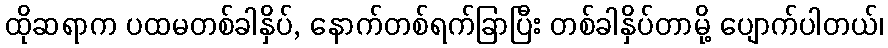
ထိုဆရာက ပထမတစ်ခါနှိပ်, နောက်တစ်ရက်ခြာပြီး တစ်ခါနှိပ်တာမို့ ပျောက်ပါတယ်၊